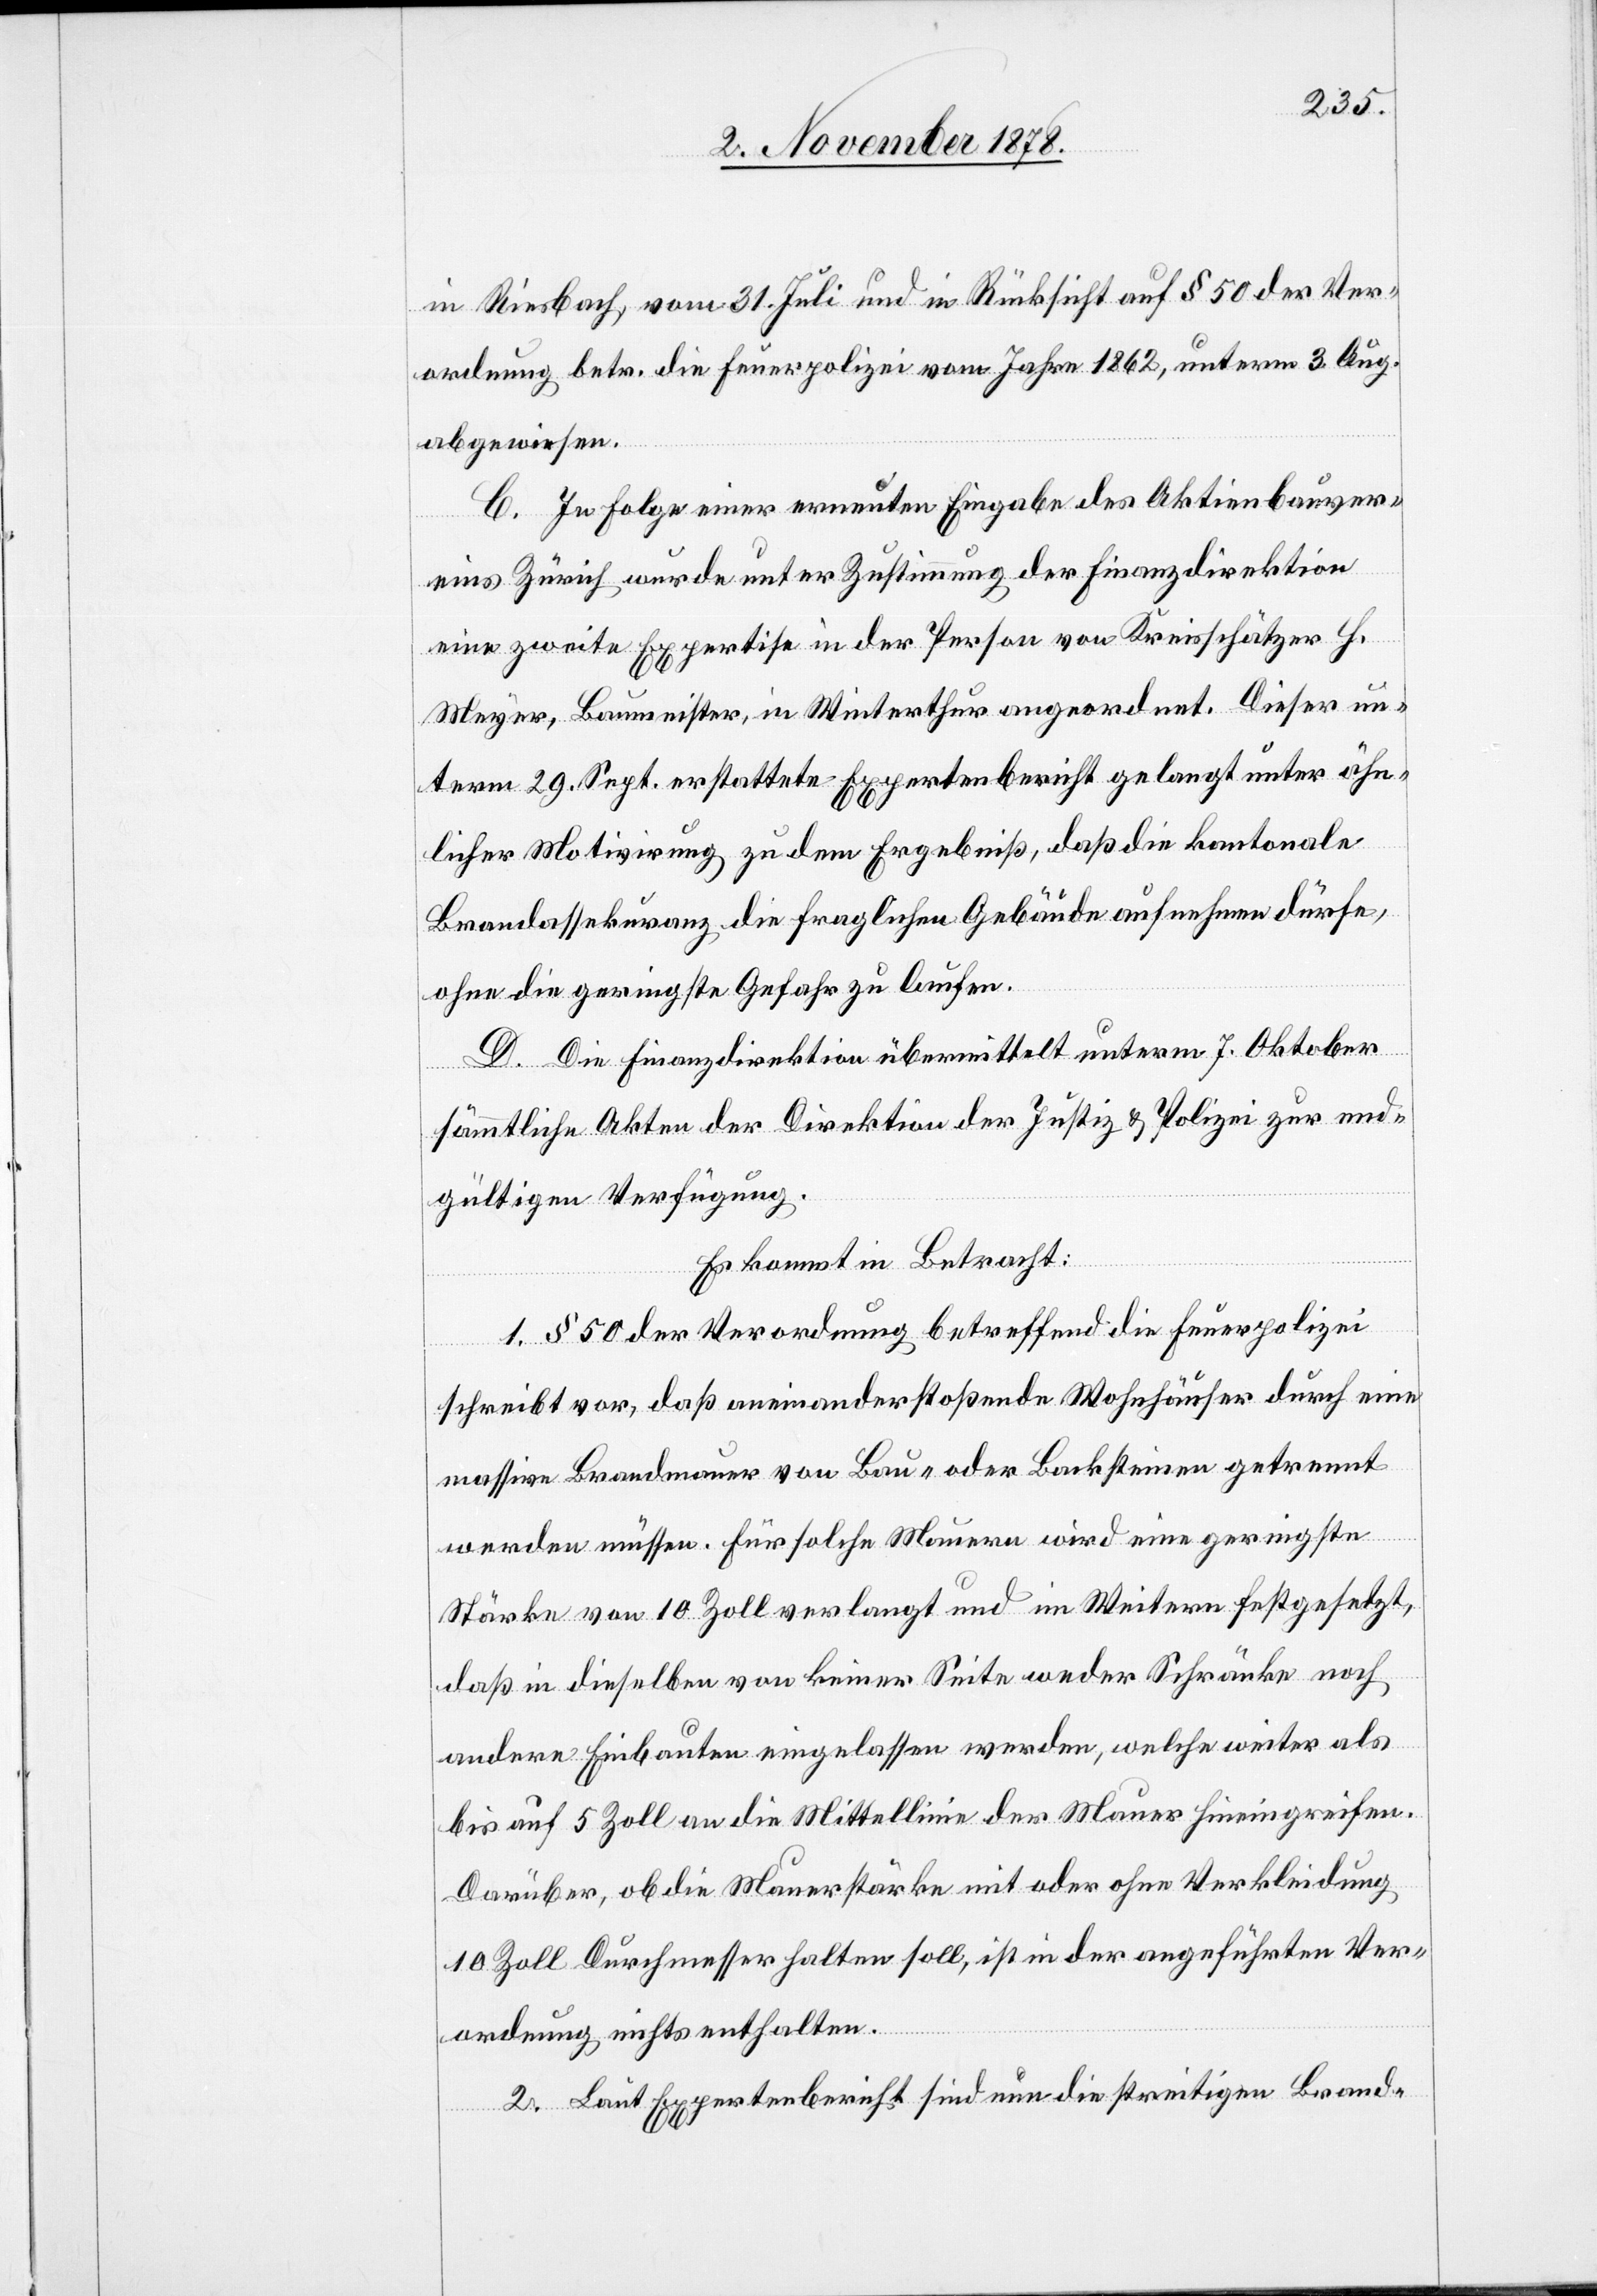
in Riesbach, vom 31. Juli und in Rücksicht auf § 50 der Ver¬
ordnung betr. die Feuerpolizei vom Jahre 1862, unterm 3. Aug.
abgewiesen.
C. In Folge einer erneuten Eingabe des Aktienbauver¬
eins Zürich wurde unter Zustimmung der Finanzdirektion
eine zweite Expertise in der Person von Kreisschätzer H.
Meyer, Baumeister, in Winterthur angeordnet. Dieser un¬
term 29. Sept. erstattete Expertenbericht gelangt unter ähn¬
licher Motivirung zu dem Ergebniß, daß die kantonale
Brandassekuranz die fraglichen Gebäude aufnehmen dürfe,
ohne die geringste Gefahr zu laufen.
D. Die Finanzdirektion übermittelt unterm 7. Oktober
sämmtliche Akten der Direktion der Justiz & Polizei zur end¬
gültigen Verfügung.
Es kommt in Betracht:
1. § 50 der Verordnung betreffend die Feuerpolizei
schreibt vor, daß aneinanderstoßende Wohnhäuser durch eine
massive Brandmauer von Bau- oder Backsteinen getrennt
werden müssen. Für solche Mauern wird eine geringste
Stärke von 10 Zoll verlangt und im Weitern festgesetzt,
daß in dieselben von keiner Seite weder Schränke noch
andere Einbaute eingelassen werden, welche weiter als
bis auf 5 Zoll an die Mittellinie der Mauer hineingreifen.
Darüber, ob die Mauerstärke mit oder ohne Verkleidung
10 Zoll Durchmesser halten soll, ist in der angeführten Ver¬
ordnung nichts enthalten.
2. Laut Expertenbericht sind nun die streitigen Brand-